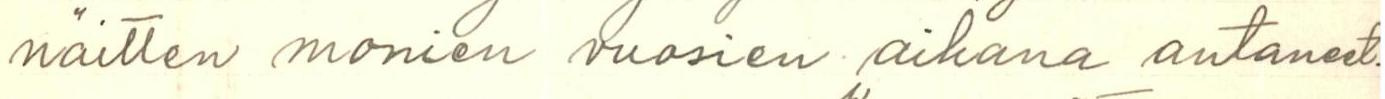
näitten monien vuosien aikana antanut